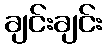
ချင်းချင်း